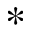
\ast